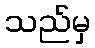
သည်မှ